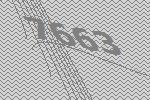
7663